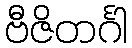
ဗီဇိတင်္ဂါ